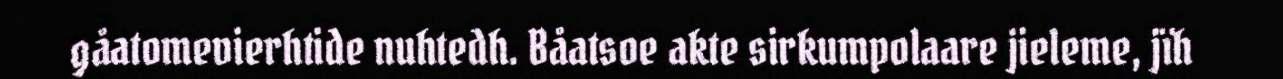
gåatomevierhtide nuhtedh. Båatsoe akte sirkumpolaare jieleme, jïh